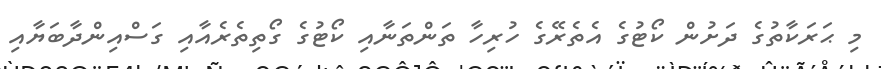
މި ޙަރަކާތުގެ ދަށުން ކޯޓުގެ އެތެރޭގެ ހުރިހާ ތަންތަނާއި ކޯޓުގެ ގޯތިތެރެއާއި ގަސްއިންދާބަޔާއި